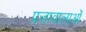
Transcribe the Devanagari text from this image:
प्रजावालाओं